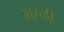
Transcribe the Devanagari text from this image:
मुरळी